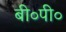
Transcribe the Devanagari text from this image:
बी०पी०